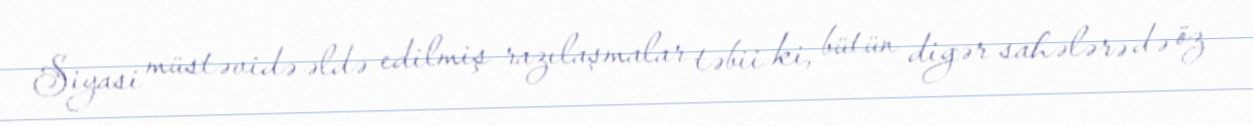
Siyasi müstəvidə əldə edilmiş razılaşmalar təbii ki, bütün digər sahələrə də öz